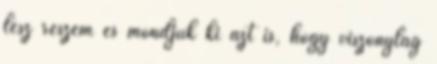
lesz részem és mondjuk ki azt is, hogy viszonylag